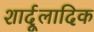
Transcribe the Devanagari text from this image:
शार्दूलादिक